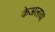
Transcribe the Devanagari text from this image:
केअलावा